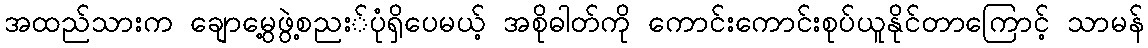
အထည်သားက ချောမွေ့ဖွဲ့စညး်ပုံရှိပေမယ့် အစိုဓါတ်ကို ကောင်းကောင်းစုပ်ယူနိုင်တာကြောင့် သာမန်